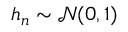
h _ { n } \sim \mathcal { N } ( 0 , 1 )